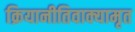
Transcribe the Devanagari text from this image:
क्रियानीतिवाक्यामृत